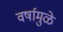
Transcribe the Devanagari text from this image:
वर्षामुळे